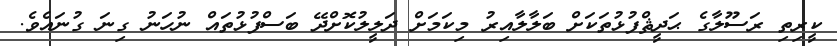
ކީރިތި ރަސޫލާގެ ޙަދީޘްފުޅުތަކަށް ބަލާލާއިރު މިކަމަށް ދަލީލުކޮށްދޭ ބަސްފުޅުތައް ނުހަނު ގިނަ ގުނައެވެ.